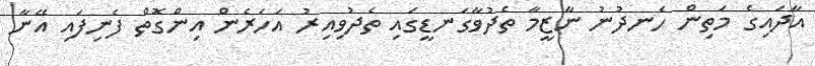
އާދައިގެ މަތިން ހެނދުނު ނާޒީމާ ތެދުވާގަނޑީގައި ތެދުވިއިރު އަހަރެން އިންގޮތް ފެނިފައި އޭނާ